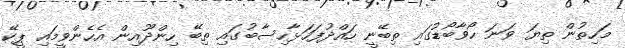
މަހިތުން ތިޔަ ވަނަ ހޯވާބޯޑުގައި ތިބޭނީ ހައްދުފަހަޅާހިސާބުގައި ތިބޭ ހިންދޫއިން އެހެންވީމައި ޕީކޭ